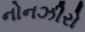
નોનઝીરો